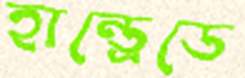
হান্ড্রেডে